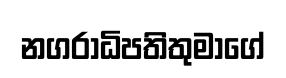
නගරාධිපතිතුමාගේ